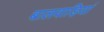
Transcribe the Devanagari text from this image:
बालवाड़ियां